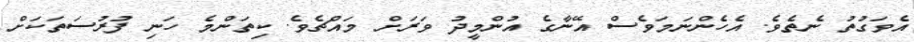
އެވަގުތު ނެތެވެ. އެހެންނަމަވެސް އޭނާގެ އުންމީދު ވަރަށް މައްޗެވެ. ކިތަންމެ ހަނި ފުރުސަތަކަށް